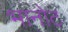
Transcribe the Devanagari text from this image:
भानोट